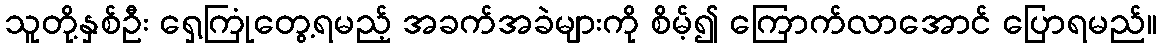
သူတို့နှစ်ဦး ရှေ့ကြုံတွေ့ရမည့် အခက်အခဲများကို စိမ့်၍ ကြောက်လာအောင် ပြောရမည်။